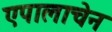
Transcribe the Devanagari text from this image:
एपालाचेन